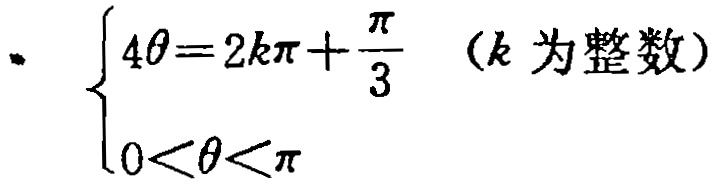
\[
\begin{cases}
4\theta = 2k\pi+\frac{\pi}{3} & (k\text{ 为整数}) \\
0<\theta<\pi
\end{cases}
\]